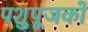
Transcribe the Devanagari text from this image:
पशुपूजकों